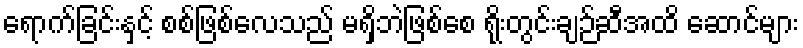
ရောက်ခြင်းနှင့် စစ်ဖြစ်လေသည် မရှိဘဲဖြစ်စေ ရိုးတွင်းချဉ်ဆီအထိ ဆောင်များ